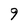
Character: 9